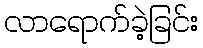
လာရောက်ခဲ့ခြင်း